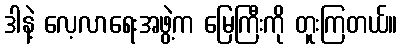
ဒါနဲ့ လေ့လာရေးအဖွဲ့က မြေကြီးကို တူးကြတယ်။